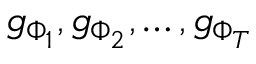
g _ { \Phi _ { 1 } } , g _ { \Phi _ { 2 } } , \ldots , g _ { \Phi _ { T } }